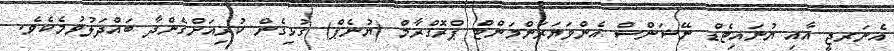
އެނަރޖީ އާއި ޔުނައިޓެޑް ނޭޝަންސް އެންވަޔަރަންމަންޓް ޕްރޮގްރާމް (ޔުނެޕް) ގުޅިގެން ކުރިއަށްގެންދާ ބައްދަލުވުމެކެވެ.